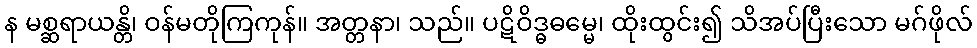
န မစ္ဆရာယန္တိ၊ ဝန်မတိုကြကုန်။ အတ္တနာ၊ သည်။ ပဋိဝိဒ္ဓဓမ္မေ၊ ထိုးထွင်း၍ သိအပ်ပြီးသော မဂ်ဖိုလ်